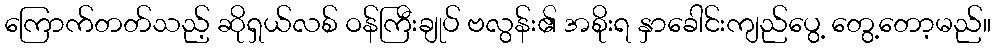
ကြောက်တတ်သည့် ဆိုရှယ်လစ် ဝန်ကြီးချုပ် ဗလွန်း၏ အစိုးရ နှာခေါင်းကျည်ပွေ့ တွေ့တော့မည်။